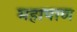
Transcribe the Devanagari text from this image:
महापाण